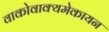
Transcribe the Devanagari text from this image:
वाकोवाक्यमेकायन